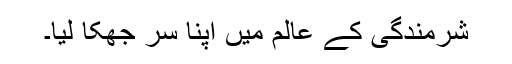
شرمندگی کے عالم میں اپنا سر جھکا لیا۔